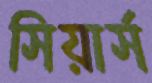
সিয়ার্স